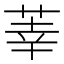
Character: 𫈐